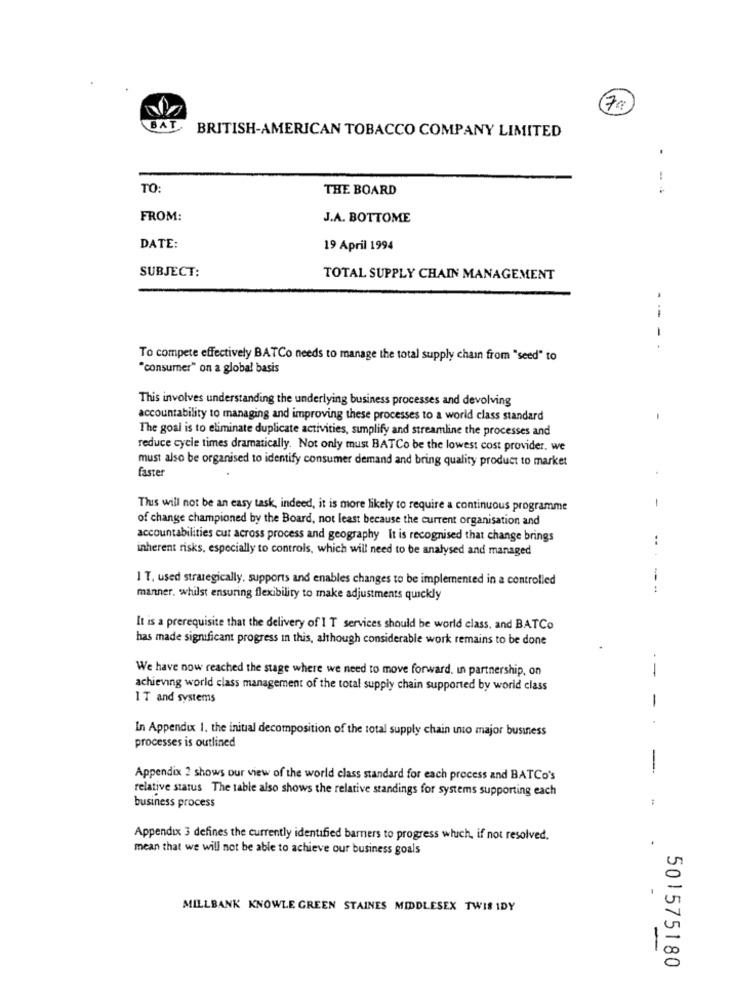
BAT
BRITISH-AMERICAN TOBACCO COMPANY LIMITED
TO:
THE BOARD
--
FROM:
J.A. BOTTOME
DATE:
19 April 1994
SUBJECT:
TOTAL SUPPLY CHAIN MANAGEMENT
--
-.
To compete effectively BATCo needs to manage the total supply chain from "seed" to
"consumer" on a global basis
This involves understanding the underlying business processes and devolving
accountability to managing and improving these processes to a world class standard
-
The goal is to eliminate duplicate activities, sunplify and streamline the processes and
reduce cycle times dramatically. Not only must BATCo be the lowest cost provider. we
must also be organised to identify consumer demand and bring quality product to market
faster
This will not be an easy task, indeed, it is more likely to require a continuous programme
-
of change championed by the Board, not least because the current organisation and
accountabilities cut across process and geography It is recognised that change brings
..
inherent risks, especially to controls, which will need to be analysed and managed
I T, used strategically, supports and enables changes to be implemented in a controlled
1
manner. whilst ensuring flexibility to make adjustments quickly
It is a prerequisite that the delivery of I T services should be world class, and BATCo
has made significant progress in this, although considerable work remains to be done
We have now reached the stage where we need to move forward. in partnership, on
--
achieving world class management of the total supply chain supported by world class
IT and systems
-
In Appendix 1. the initial decomposition of the total supply chain into major business
processes is outlined
-
Appendix 2 shows our view of the world class standard for each process and BATCo's
relative status The table also shows the relative standings for systems supporting each
business process
Appendix 3 defines the currently identified barners to progress whuch, if not resolved.
mean that we will not be able to achieve our business goals
MILLBANK KNOWLE GREEN STAINES MIDDLESEX TWIS IDY
-
501575180